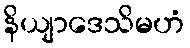
နိယျာဒေသိမဟံ